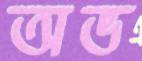
অভ